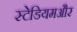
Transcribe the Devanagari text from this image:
स्टेडियमऔर